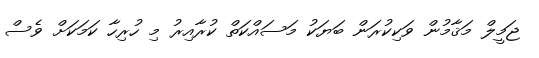
ޖަމީލް މަޤާމުން ވަކިކުރަން ބަޔަކު މަސައްކަތް ކުރާއިރު މި ހުރިހާ ކަމަކަށް ވެސް